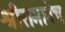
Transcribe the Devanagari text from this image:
श्रीरामानेच